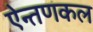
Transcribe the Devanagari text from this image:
ऐन्तणकल